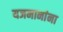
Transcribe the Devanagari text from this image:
यजमानांना